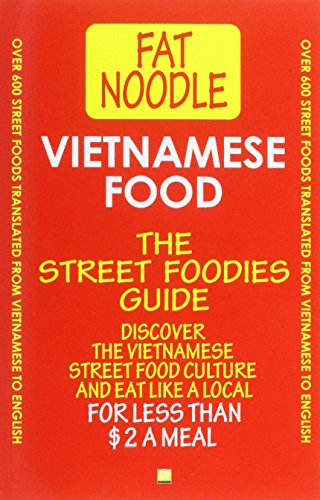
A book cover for Vietnamese Food. The Street Foodies Guide.: Over 600 Street Foods Translated Into English. Eat Like A Local For Less Than $2 A Meal.; Bruce Blanshard; Cookbooks, Food & Wine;